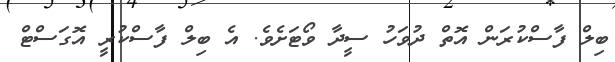
ބިލް ފާސްކުރަން އޮތް ދުވަހު ސީދާ ވޯޓަށެވެ. އެ ބިލް ފާސްކުރީ އޮގަސްޓް